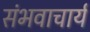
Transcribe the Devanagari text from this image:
संभवाचार्य